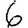
Digit: 6